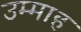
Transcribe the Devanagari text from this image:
उम्माह